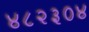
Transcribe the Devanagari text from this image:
४८२३०४